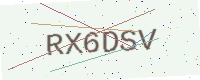
Text: RX6DSV